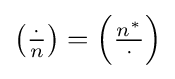
\left({\tfrac {\cdot }{n}}\right)=\left({\tfrac {n^{*}}{\cdot }}\right)